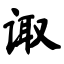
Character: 诹